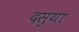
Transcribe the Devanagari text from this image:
दसुया